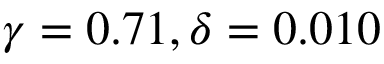
\gamma = 0 . 7 1 , \delta = 0 . 0 1 0